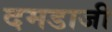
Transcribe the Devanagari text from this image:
दमडाजी